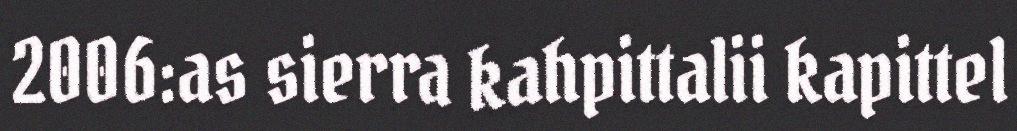
2006:as sierra kahpittalii kapittel